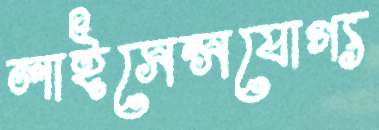
লাইসেন্সযোগ্য